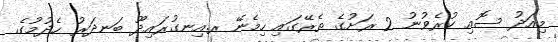
މިއަދު ސޮއި ކުރެވުނު 2 ރަށުގެ ތެރޭގައި ހިމެނޭ ރ.އިނގުރައިދޫ ބަނދަރު ހެދުމުގެ